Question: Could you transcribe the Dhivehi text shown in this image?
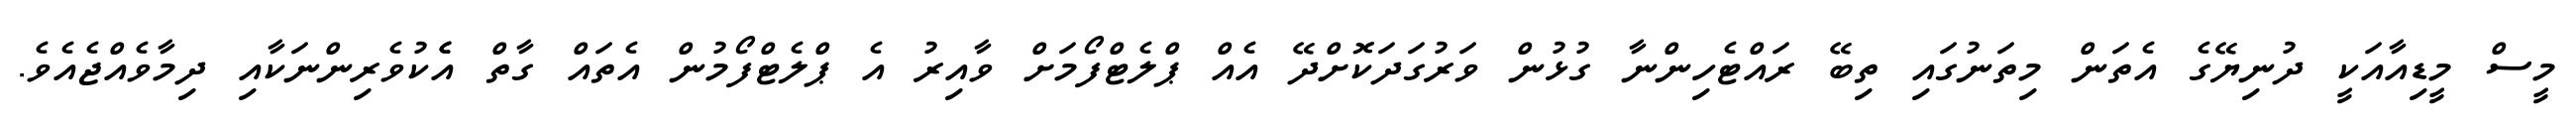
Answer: މީސް މީޑިއާއަކީ ދުނިޔޭގެ އެތަން މިތަނުގައި ތިބޭ ރައްޓެހިންނާ ގުޅުން ވަރުގަދަކޮށްދޭ އެއް ޕްލެޓްފޯމަށް ވާއިރު އެ ޕްލެޓްފޯމުން އެތައް ގާތް އެެކުވެރިންނަކާއި ދިމާވެއްޖެއެވެ.